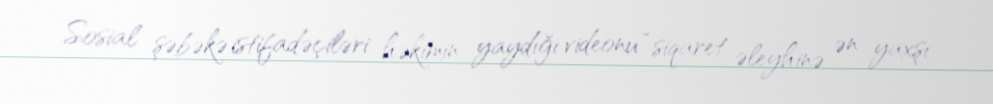
Sosial şəbəkə istifadəçiləri həkimin yaydığı videonu “siqaret əleyhinə ən yaxşı